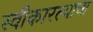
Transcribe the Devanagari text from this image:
स्वीकारल्याचा